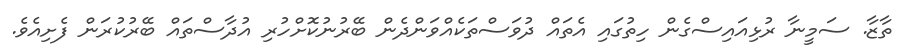
ތާޒާ. ސަމީނާ ރުޅިއައިސްގެން ހިތުގައި އެތައް ދުވަސްތަކެއްވަންދެން ބޭރުނުކޮށްހުރި އުދާސްތައް ބޭރުކުރަން ފެށިއެވެ.